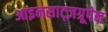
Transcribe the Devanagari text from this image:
आइनसाट्ज़ग्रूपेन